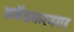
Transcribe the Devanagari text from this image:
अबेँडकरनगर